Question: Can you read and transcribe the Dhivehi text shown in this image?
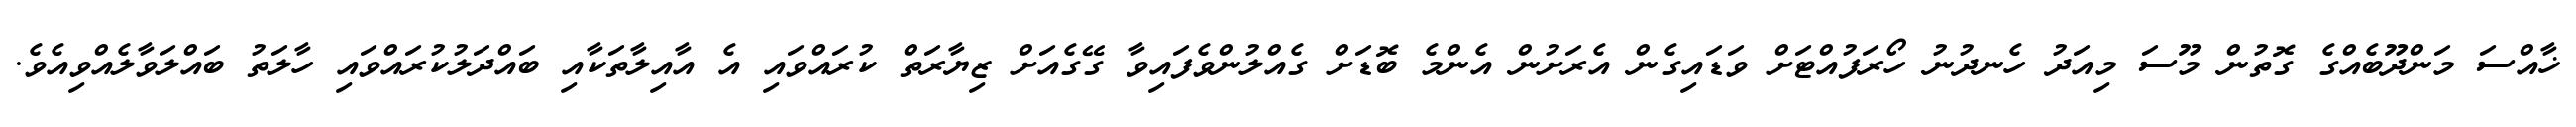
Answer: ޚާއްސަ މަންދޫބެއްގެ ގޮތުން މޫސަ މިއަދު ހެނދުނު ހޯރަފުއްޓަށް ވަޑައިގެން އެރަށުން އެންމެ ބޮޑަށް ގެއްލުންވެފައިވާ ގޭގެއަށް ޒިޔާރަތް ކުރައްވައި އެ އާއިލާތަކާއި ބައްދަލުކުރައްވައި ހާލަތު ބައްލަވާލެއްވިއެވެ.